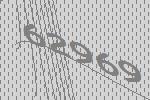
62969